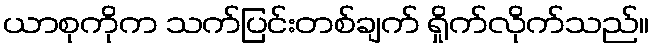
ယာစုကိုက သက်ပြင်းတစ်ချက် ရှိုက်လိုက်သည်။